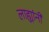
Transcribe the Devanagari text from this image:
लाह्यांनी